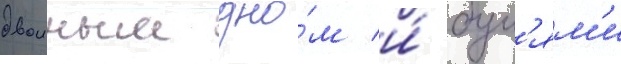
двоиным дно́м и́ бул'ям'и